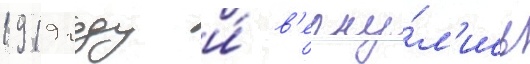
1919 году и́ в'ерну́л'ись